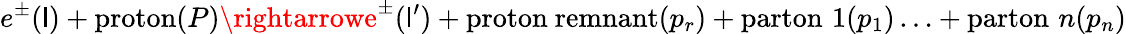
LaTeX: e^{\pm}(\mathsf{l})+\mathrm{{proton}}(P)\rightarrowe^{\pm}(\mathsf{l}^{\prime})+\mathrm{{proton~remnant}}(p_{r})+\mathrm{{parton}}\, \, 1(p_{1})\ldots+\mathrm{{parton}}\, \, n(p_{n})